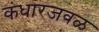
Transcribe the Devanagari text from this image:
कंधारजवळ